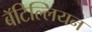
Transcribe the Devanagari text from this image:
बॅटिल्लियन